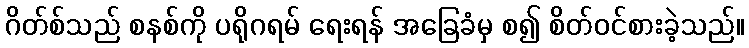
ဂိတ်စ်သည် စနစ်ကို ပရိုဂရမ် ရေးရန် အခြေခံမှ စ၍ စိတ်ဝင်စားခဲ့သည်။